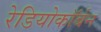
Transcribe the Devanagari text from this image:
रेडियोकॉर्बन